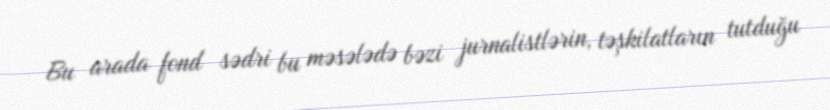
Bu arada fond sədri bu məsələdə bəzi jurnalistlərin, təşkilatların tutduğu